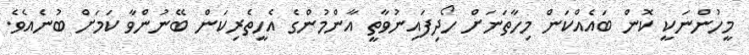
މީހުންނަކީ ކޮން ބައެއްކަން މިހާތަނަށް ހޯދިފައިނުވާތީ އާންމުންގެ އެހީތެރިކަން ބޭނުންވާ ކަމަށް ބުނެއެވެ.